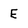
Character: E